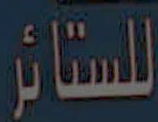
للستائر